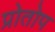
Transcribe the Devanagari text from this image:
प्रोतोप